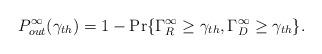
LaTeX: \begin{align*}P_{out}^{\infty}(\gamma_{th}) = 1- \Pr\{\Gamma_{R}^{\infty}\geq \gamma_{th}, \Gamma_{D}^{\infty}\geq\gamma_{th}\}.\end{align*}